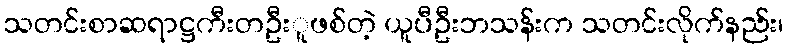
သတင်းစာဆရာဋ္ဌကီးတဦးူဖစ်တဲ့ ယူပီဦးဘသန်းက သတင်းလိုက်နည်း၊